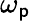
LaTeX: \omega_{\mathsf{p}}